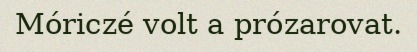
Móriczé volt a prózarovat.